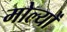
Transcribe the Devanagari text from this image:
मोल्यों